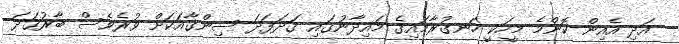
އަދި އެއިން ކޮންމެ މީހަކީ ހަނގުރާމައިގެ މައިދާނުގައި ގަދަފަދަ ސިންގާއަކަށް ވުރެވެސް ބާރުގަދަ